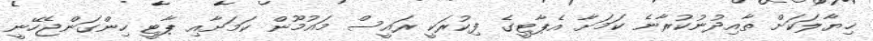
ޚިޔާލަކަށް ތާއިދުނުކުރާނެ ކަމަށާ އެޕާޓީގެ ފިކުރަކީ ރައީސް މައުމޫން ކަމަށާއި ޕާޓީ ހިންގަންޖެހޭނީ